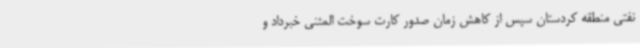
نفتی منطقه کردستان سپس از کاهش زمان صدور کارت سوخت المثنی خبرداد و